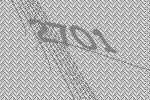
2701